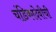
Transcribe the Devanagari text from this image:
चंडिकादेवीची